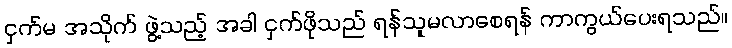
ငှက်မ အသိုက် ဖွဲ့သည့် အခါ ငှက်ဖိုသည် ရန်သူမလာစေရန် ကာကွယ်ပေးရသည်။